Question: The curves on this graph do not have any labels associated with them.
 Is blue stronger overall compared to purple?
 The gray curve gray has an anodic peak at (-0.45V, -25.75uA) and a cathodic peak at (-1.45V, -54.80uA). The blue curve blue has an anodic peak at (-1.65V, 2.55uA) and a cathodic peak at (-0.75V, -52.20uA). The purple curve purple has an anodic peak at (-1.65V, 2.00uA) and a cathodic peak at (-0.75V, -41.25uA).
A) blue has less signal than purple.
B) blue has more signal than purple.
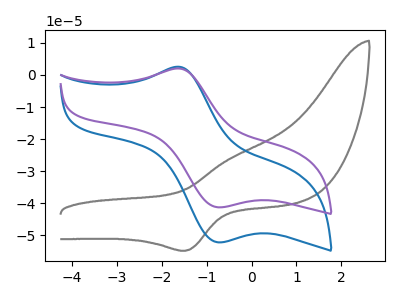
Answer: <think>All the peaks in "blue" have a peak in "purple" at the same potential. Every peak in "blue" is higher than every peak in "purple".
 </think>
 <answer>B) "blue" has more signal than "purple".</answer>
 <eval>B</eval>